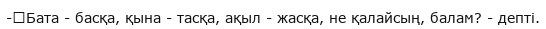
-	Бата - басқа, қына - тасқа, ақыл - жасқа, не қалайсың, балам? - депті.